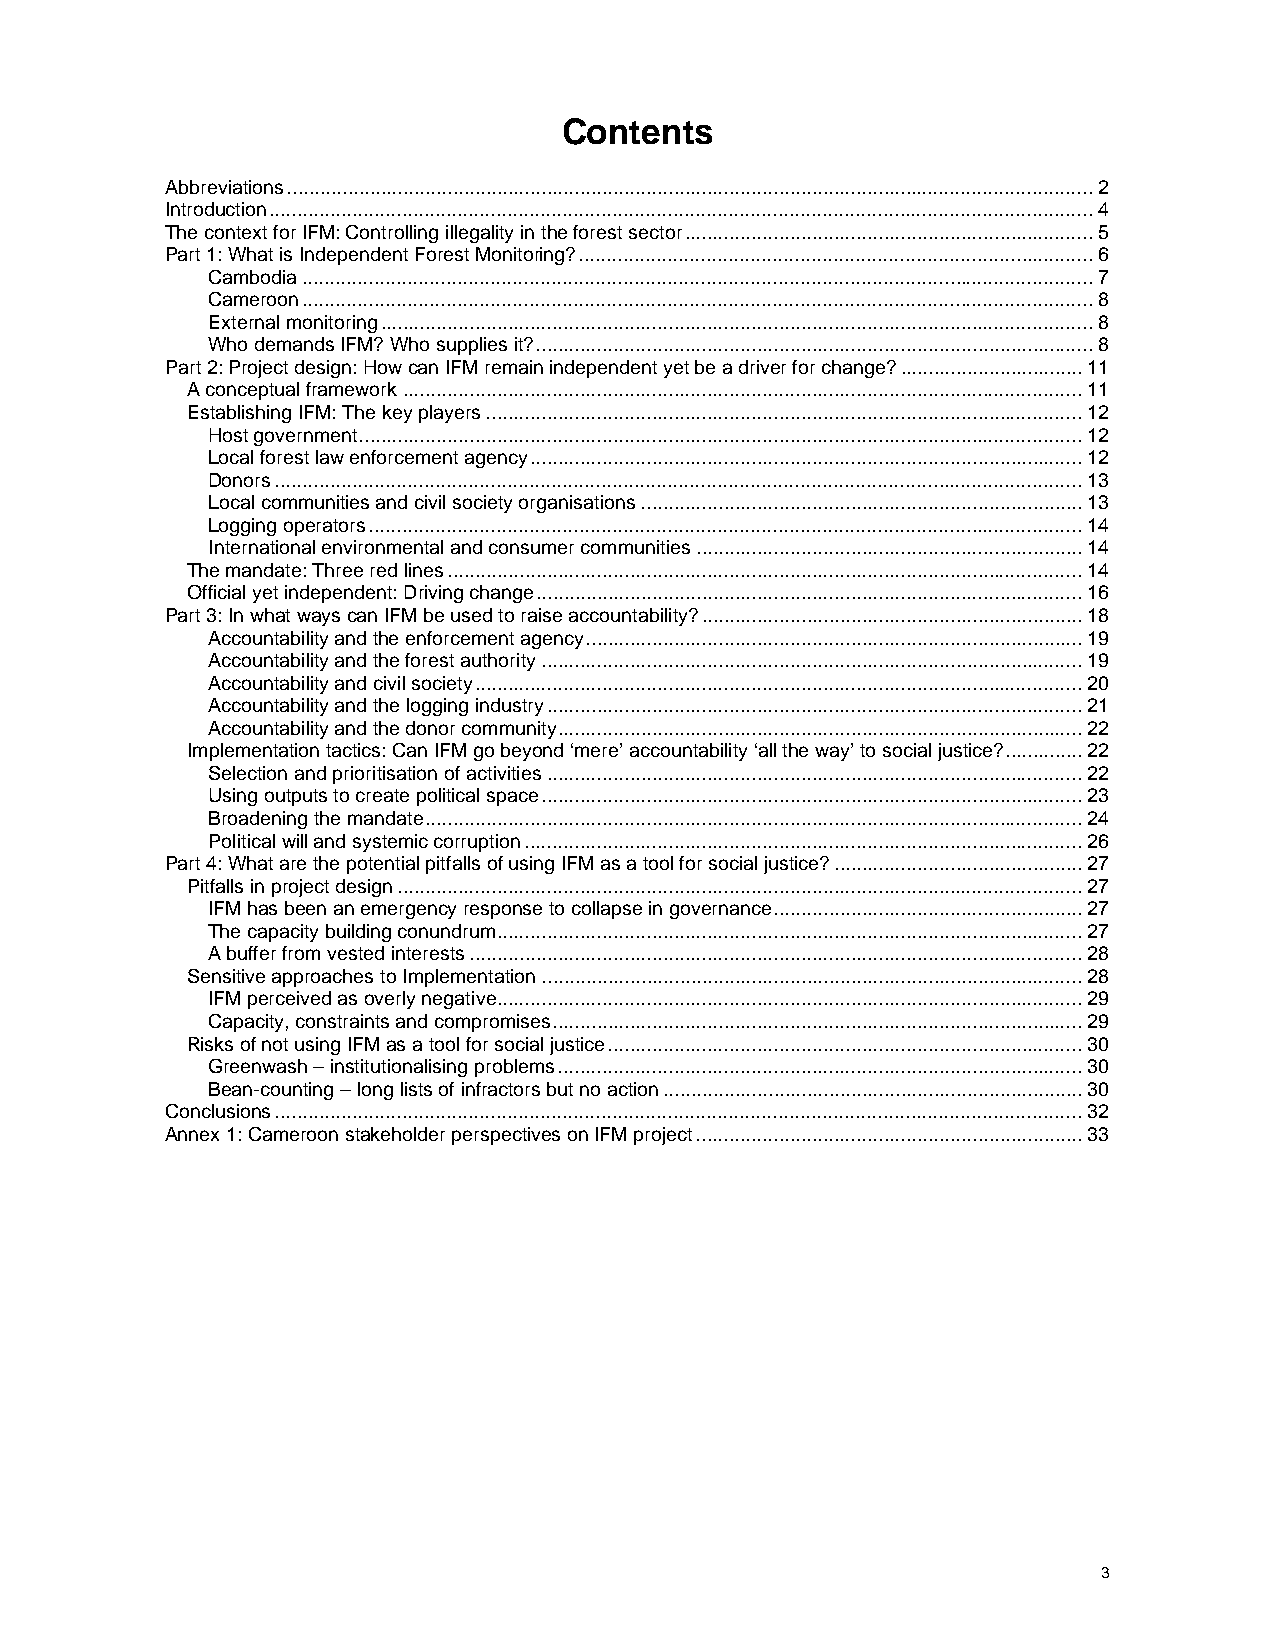
Contents
 Abbreviations..................................................................................................................................................2
 Introduction.....................................................................................................................................................4
 The context for IFM: Controlling illegality in the forest sector..........................................................................5
 Part 1: What is Independent Forest Monitoring?.............................................................................................6
 Cambodia...............................................................................................................................................7
 Cameroon...............................................................................................................................................8
 External monitoring.................................................................................................................................8
 Who demands IFM? Who supplies it?.....................................................................................................8
 Part 2: Project design: How can IFM remain independent yet be a driver for change?.................................11
 A conceptual framework...........................................................................................................................11
 Establishing IFM: The key players............................................................................................................12
 Host government...................................................................................................................................12
 Local forest law enforcement agency....................................................................................................12
 Donors..................................................................................................................................................13
 Local communities and civil society organisations................................................................................13
 Logging operators.................................................................................................................................14
 International environmental and consumer communities......................................................................14
 The mandate: Three red lines...................................................................................................................14
 Official yet independent: Driving change...................................................................................................16
 Part 3: In what ways can IFM be used to raise accountability?.....................................................................18
 Accountability and the enforcement agency..........................................................................................19
 Accountability and the forest authority..................................................................................................19
 Accountability and civil society..............................................................................................................20
 Accountability and the logging industry.................................................................................................21
 Accountability and the donor community...............................................................................................22
 Implementation tactics: Can IFM go beyond ‘mere’ accountability ‘all the way’ to social justice?..............22
 Selection and prioritisation of activities.................................................................................................22
 Using outputs to create political space..................................................................................................23
 Broadening the mandate.......................................................................................................................24
 Political will and systemic corruption.....................................................................................................26
 Part 4: What are the potential pitfalls of using IFM as a tool for social justice?.............................................27
 Pitfalls in project design............................................................................................................................27
 IFM has been an emergency response to collapse in governance........................................................27
 The capacity building conundrum..........................................................................................................27
 A buffer from vested interests...............................................................................................................28
 Sensitive approaches to Implementation..................................................................................................28
 IFM perceived as overly negative..........................................................................................................29
 Capacity, constraints and compromises................................................................................................29
 Risks of not using IFM as a tool for social justice......................................................................................30
 Greenwash – institutionalising problems...............................................................................................30
 Bean-counting – long lists of infractors but no action............................................................................30
 Conclusions..................................................................................................................................................32
 Annex 1: Cameroon stakeholder perspectives on IFM project......................................................................33
 3